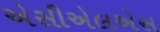
એસીએલએસ